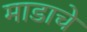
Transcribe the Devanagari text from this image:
माडाचे